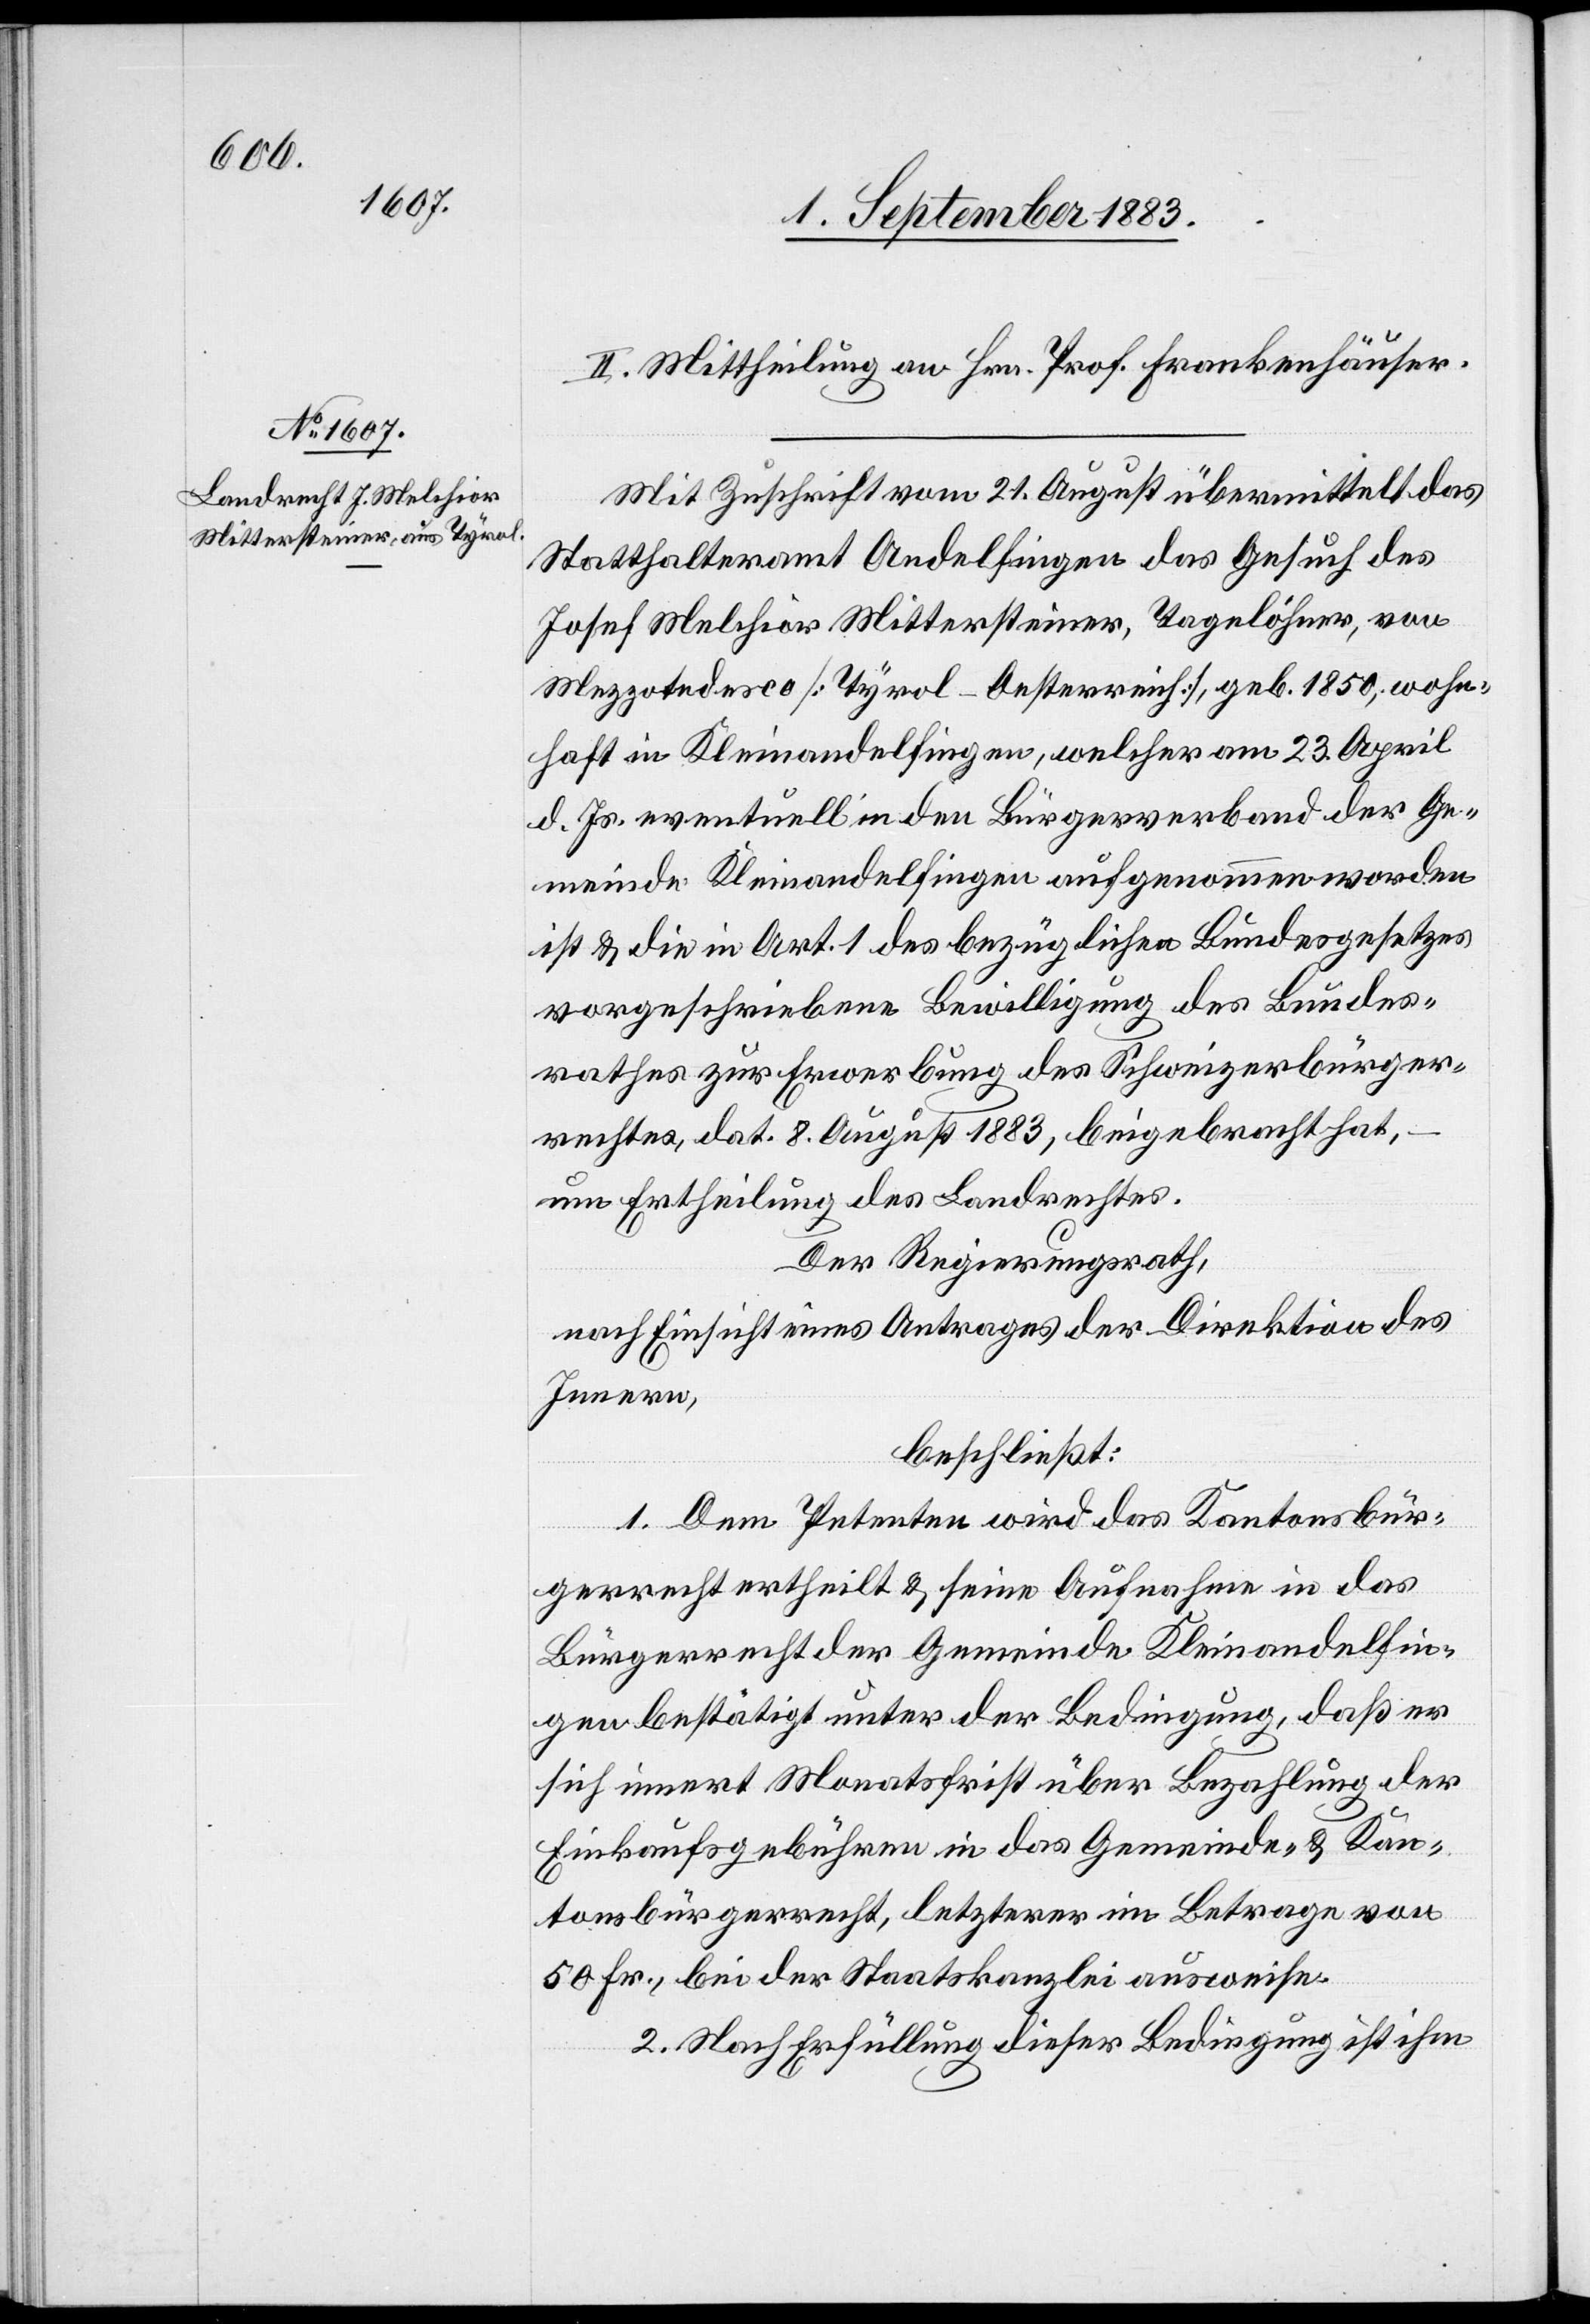
II. Mittheilung an Hrn. Prof. Frankenhäuser.
Mit Zuschrift vom 21. August übermittelt das
Statthalteramt Andelfingen das Gesuch des
Josef Melchior Mittersteiner, Tagelöhner, von
Mezzotedesco [Tyrol - Oesterreich], geb. 1850, wohn¬
haft in Kleinandelfingen, welcher am 23. April
d. Js. eventuell in den Bürgerverband der Ge¬
meinde Kleinandelfingen aufgenommen worden
ist & die in Art. 1 des bezüglichen Bundesgesetzes
vorgeschriebene Bewilligung des Bundes¬
rathes zur Erwerbung des Schweizerbürger¬
rechtes, dat. 8. August 1883, beigebracht hat,
um Ertheilung des Landrechtes.
Der Regierungsrath,
nach Einsicht eines Antrages der Direktion des
Innern,
beschließt:
1. Dem Petenten wird das Kantonsbür¬
gerrecht ertheilt & seine Aufnahme in das
Bürgerrecht der Gemeinde Kleinandelfin¬
gen bestätigt unter der Bedingung, daß er
sich innert Monatsfrist über Bezahlung der
Einkaufsgebühren in das Gemeinde- & Kan¬
tonsbürgerrecht, letzterer im Betrage von
50 Fr., bei der Staatskanzlei ausweise.
2. Nach Erfüllung dieser Bedingung ist ihm